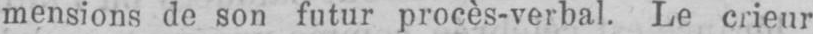
mensions de son futur procès-verbal. Le crieur